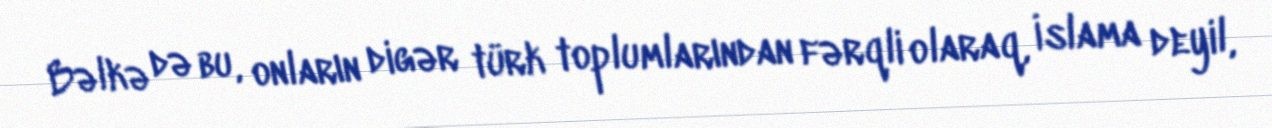
Bəlkə də bu, onların digər türk toplumlarından fərqli olaraq, İslama deyil,